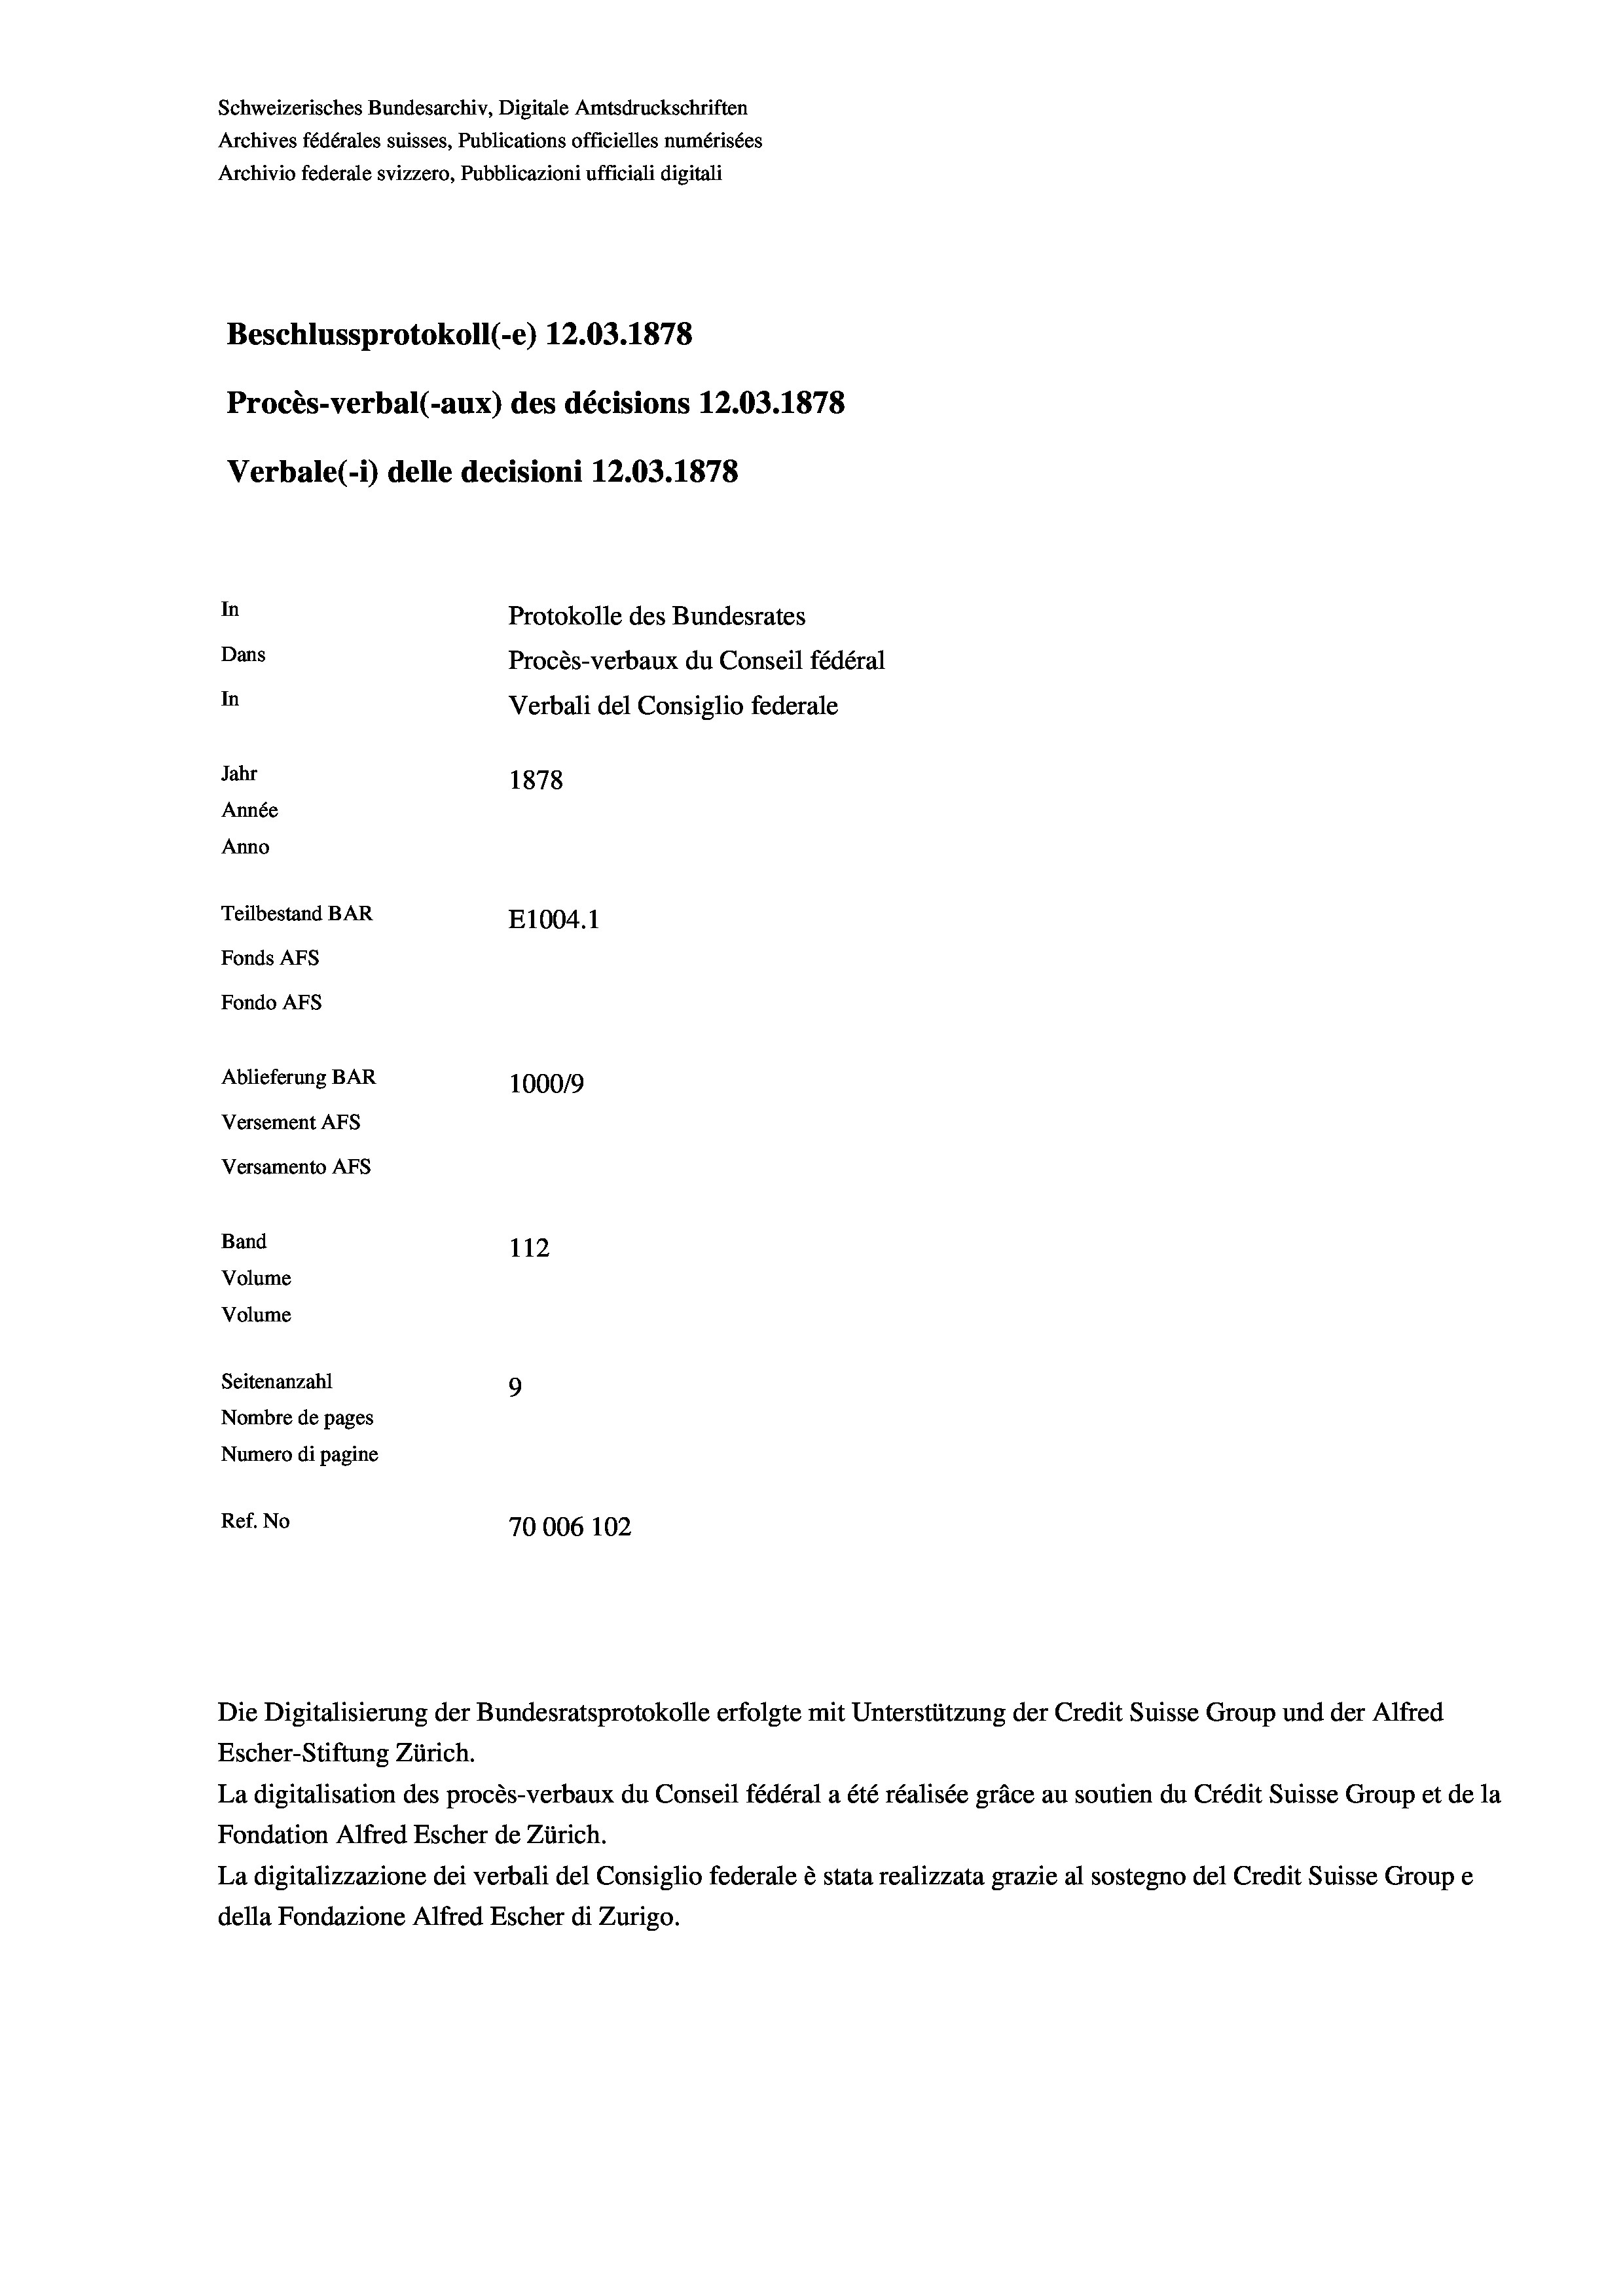
Schweizerisches Bundesarchiv, Digitale Amtsdruckschriften
Archives fédérales suisses, Publications officielles numérisées
Archivio federale svizzero, Pubblicazioni ufficiali digitali
Beschlussprotokoll (-e) 12.03. 1878
Procès-verbal (-aux) des décisions 12.03. 1878
Verbale(-*) delle decisioni 12.03. 1878
In
Protokolle des Bundesrates
Dans
Procès-verbaux du Conseil fédéral
In
Verbali del Consiglio federale
Jahr
1878
Année
Anno
Teilbestand BAR
E1004.1
Fonds AEs
Fondo AFs
Ablieferung BAR
100019
Versement AFS
Versamento AFS
Band
112

Volume
Seitenanzahl
9
Nombre de pages
Numero di pagine
Ref. No
70006 102

Volume

Escher-Stiftung Zürich.
La digitalisation des procès-verbaux du Conseil fédéral a été réalisée gräce au soutien du Crédit Suisse Group et de la
Fondation Alfred Escher de Zürich.
La digitalizzazione dei verbali del Consiglio federale è stata realizzata grazie al sostegno del Credit Suisse Groupe
della Fondazione Alfred Escher di Zurigo.

Die Digitalisierung der Bundesratsprotokolle erfolgte mit Unterstützung der Credit Suisse Group und der Alfred